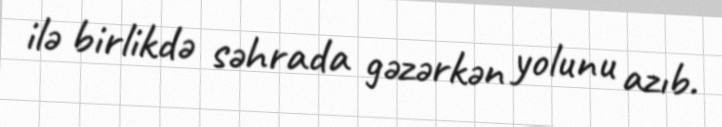
ilə birlikdə səhrada gəzərkən yolunu azıb.